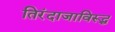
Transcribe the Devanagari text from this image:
तिरंदाजाविरूद्ध